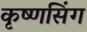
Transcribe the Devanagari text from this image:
कृष्णसिंग